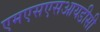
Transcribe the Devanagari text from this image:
एमएसएसआयडीसी